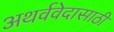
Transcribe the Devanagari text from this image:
अथर्ववेदासाठी